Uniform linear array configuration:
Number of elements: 64
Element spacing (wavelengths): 1
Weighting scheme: uniform
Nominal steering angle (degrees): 15
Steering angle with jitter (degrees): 13.014
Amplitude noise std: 0.05
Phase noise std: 0.05

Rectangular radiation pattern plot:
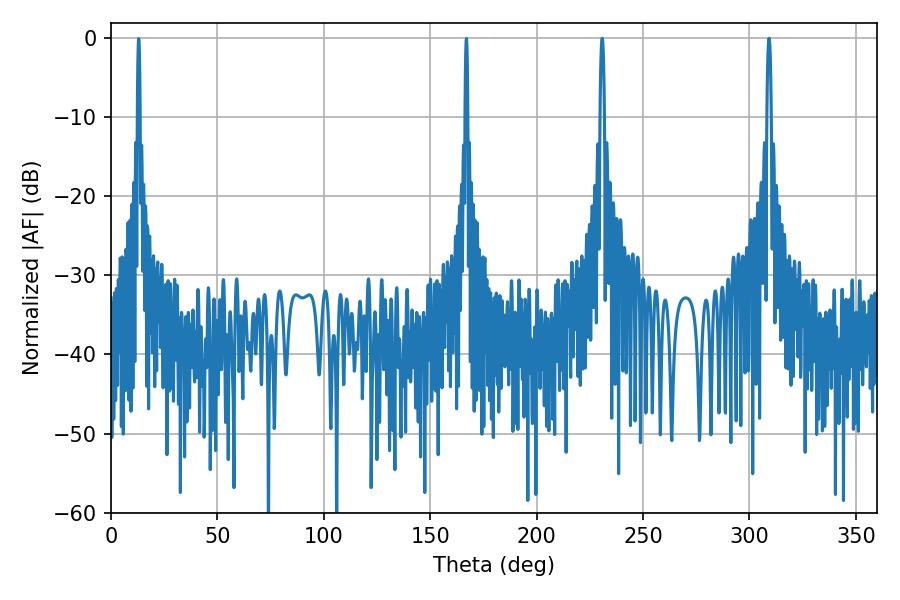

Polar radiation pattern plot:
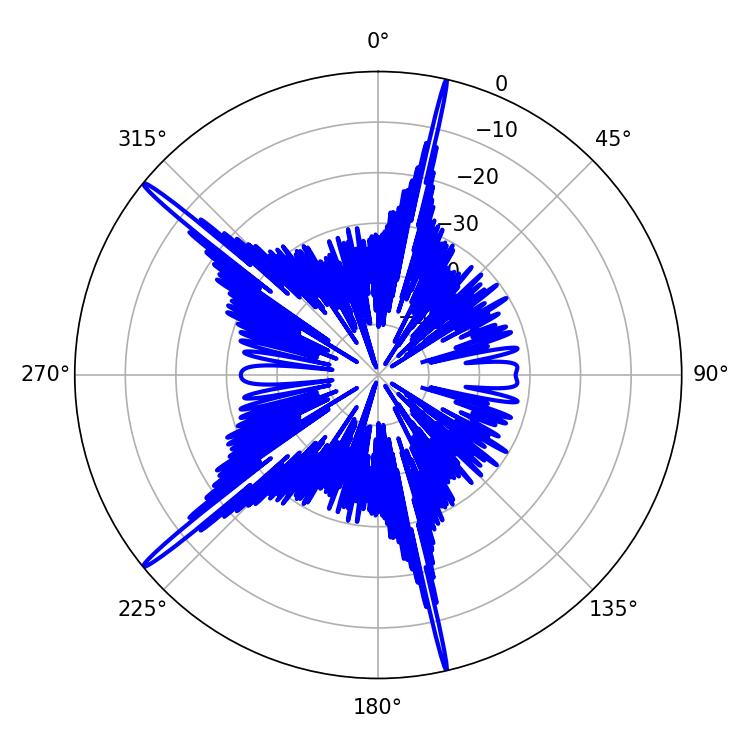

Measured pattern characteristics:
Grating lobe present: TRUE
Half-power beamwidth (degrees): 1.08
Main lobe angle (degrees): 309.24